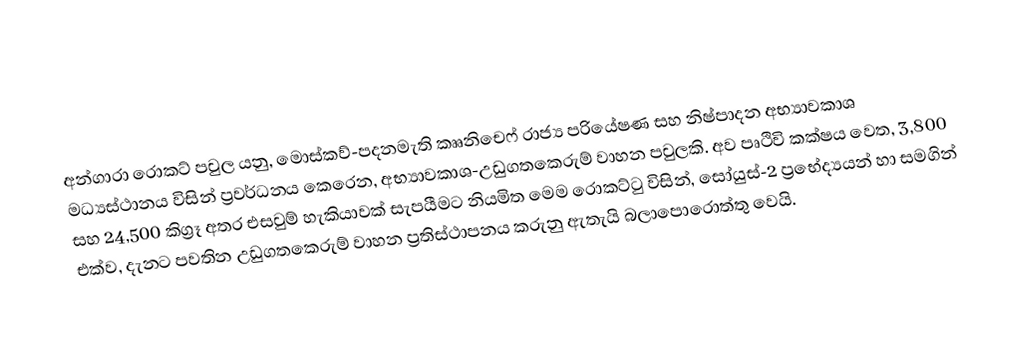
අන්ගාරා රොකට් පවුල යනු,  මොස්කව්-පදනමැති කෲනිචෙෆ් රාජ්‍ය පරියේෂණ සහ නිෂ්පාදන අභ්‍යාවකාශ මධ්‍යස්ථානය විසින් ප්‍රවර්ධනය කෙරෙන, අභ්‍යාවකාශ-උඩුගතකෙරුම් වාහන පවුලකි. අව පෘථිවි කක්ෂය වෙත,  3,800 සහ 24,500 කිග්‍රෑ අතර එසවුම් හැකියාවක් සැපයීමට නියමිත මෙම රොකට්ටු විසින්,  සෝයුස්-2 ප්‍රභේද්‍යයන් හා සමගින් එක්ව, දැනට පවතින උඩුගතකෙරුම් වාහන ප්‍රතිස්ථාපනය කරුනු ඇතැයි බලාපොරොත්තු වෙයි.